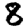
Digit: 8